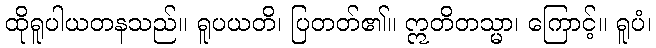
ထိုရူပါယတနသည်။ ရူပယတိ၊ ပြတတ်၏။ ဣတိတသ္မာ၊ ကြောင့်။ ရူပံ၊